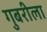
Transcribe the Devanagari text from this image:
गुबरीला